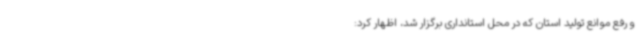
و رفع موانع تولید استان که در محل استانداری برگزار شد، اظهار کرد: